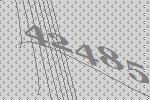
42485